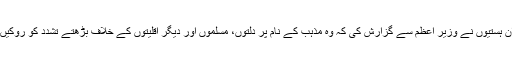
ان ہستیوں نے وزیر اعظم سے گزارش کی کہ وہ مذہب کے نام پر دلتوں، مسلموں اور دیگر اقلیتوں کے خلاف بڑھتے تشدد کو روکیں۔